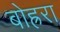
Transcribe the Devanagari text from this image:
बोह्ररा